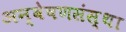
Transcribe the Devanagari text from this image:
अन्वेषणसंस्था